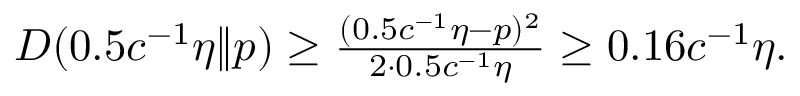
\begin{array} { r } { D ( 0 . 5 c ^ { - 1 } \eta \| p ) \ge \frac { ( 0 . 5 c ^ { - 1 } \eta - p ) ^ { 2 } } { 2 \cdot 0 . 5 c ^ { - 1 } \eta } \ge 0 . 1 6 c ^ { - 1 } \eta . } \end{array}